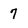
Character: 7